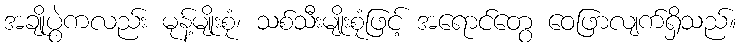
အချိုပွဲကလည်း မုန့်မျိုးစုံ၊ သစ်သီးမျိုးစုံဖြင့် အရောင်တွေ ဝေဖြာလျက်ရှိသည်။